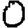
Digit: 0